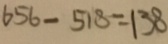
6 5 6 - 5 1 8 = 1 3 8